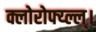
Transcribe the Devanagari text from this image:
क्लोरोफ्य्ल्ल्।